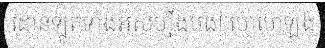
ដោនឡូតទាំងអស់ហ្នឹងបង! ហេហេឡង់